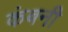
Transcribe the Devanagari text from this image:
कंबनी